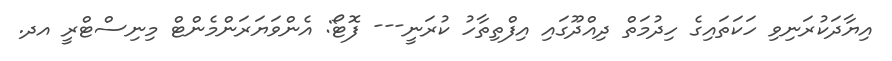
އިޔާދަކުރަނިވި ހަކަތައިގެ ހިދުމަތް ދިއްދޫގައި އިފްތިތާހު ކުރަނީ--- ފޮޓޯ: އެންވަޔަރަންމެންޓް މިނިސްޓްރީ އދ.